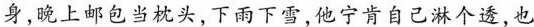
身,晚上邮包当枕头，下雨下雪,他宁肯自己淋个透，也